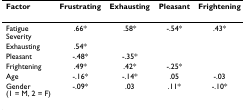
<table><thead><tr><td><b>Factor</b></td><td><b>Frustrating</b></td><td><b>Exhausting</b></td><td><b>Pleasant</b></td><td><b>Frightening</b></td></tr></thead><tbody><tr><td>Fatigue Severity</td><td>.66*</td><td>.58*</td><td>-.54*</td><td>.43*</td></tr><tr><td>Exhausting</td><td>.54*</td><td></td><td></td><td></td></tr><tr><td>Pleasant</td><td>-.48*</td><td>-.35*</td><td></td><td></td></tr><tr><td>Frightening</td><td>.49*</td><td>.42*</td><td>-.25*</td><td></td></tr><tr><td>Age</td><td>-.16*</td><td>-.14*</td><td>.05</td><td>-.03</td></tr><tr><td>Gender (1 = M, 2 = F)</td><td>-.09*</td><td>.03</td><td>.11*</td><td>-.10*</td></tr></tbody></table>